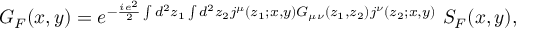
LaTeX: G _ { F } ( x , y ) = e ^ { - { \frac { i e ^ { 2 } } { 2 } } \int d ^ { 2 } z _ { 1 } \int d ^ { 2 } z _ { 2 } j ^ { \mu } ( z _ { 1 } ; x , y ) G _ { \mu \nu } ( z _ { 1 } , z _ { 2 } ) j ^ { \nu } ( z _ { 2 } ; x , y ) } ~ S _ { F } ( x , y ) ,